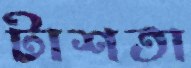
টাশতা